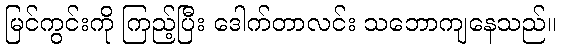
မြင်ကွင်းကို ကြည့်ပြီး ဒေါက်တာလင်း သဘောကျနေသည်။